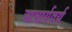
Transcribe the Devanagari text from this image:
आचार्यवर्य